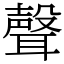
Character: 聲